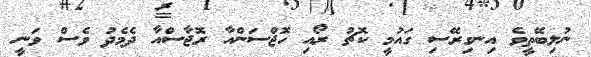
ނުލިބޭތީވެ އިނގިރޭސި ގައުމީ ކޮޗު ރޯއި ހޮޖްސަންއާ ރޮޖާސްއާ ދެމެދު ވެސް ވަނީ